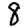
Digit: 8